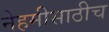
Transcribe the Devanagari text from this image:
नेहमीसाठीच